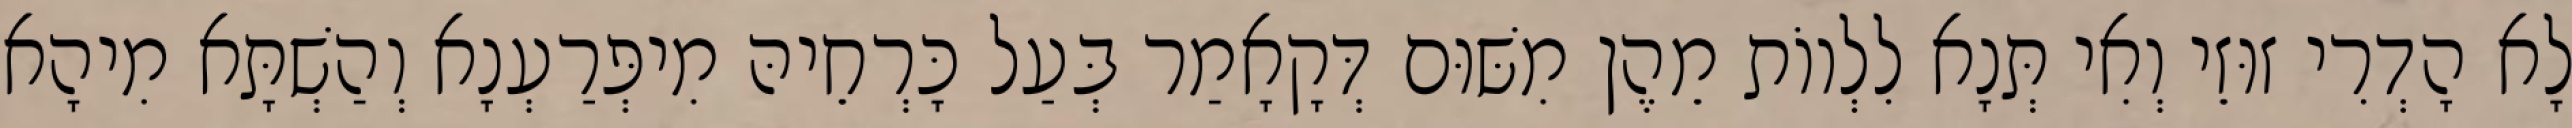
לָא הָדְרִי זוּזֵי וְאִי תְּנָא לִלְווֹת מֵהֶן מִשּׁוּם דְּקָאָמַר בְּעַל כָּרְחֵיהּ מִיפְּרַעְנָא וְהַשְׁתָּא מִיהָא